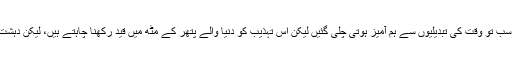
ہر خطے، ہر قوم کی کبھی ایک قدیم تاریخ اور تہذیب تھی لیکن وہ سب تو وقت کی تبدیلیوں سے ہم آمیز ہوتی چلی گئیں لیکن اس تہذیب کو دُنیا والے پتھر کے مٹھ میں قید رکھنا چاہتے ہیں، لیکن دہشت گردی کی جنگ نے اس وادی کے کلچر کو کتنا مفلس کر دیا ہے۔